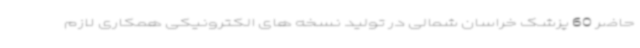
حاضر 60 پزشک خراسان شمالی در تولید نسخه های الکترونیکی همکاری لازم